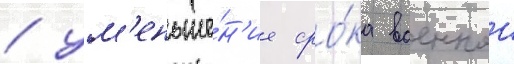
/ ум'еньше́н'ие сро́ка военнои